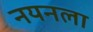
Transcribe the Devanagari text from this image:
नयनला